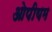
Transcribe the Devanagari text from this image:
ओपीयम